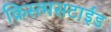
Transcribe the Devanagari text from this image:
क्रिस्त्मसटाईड